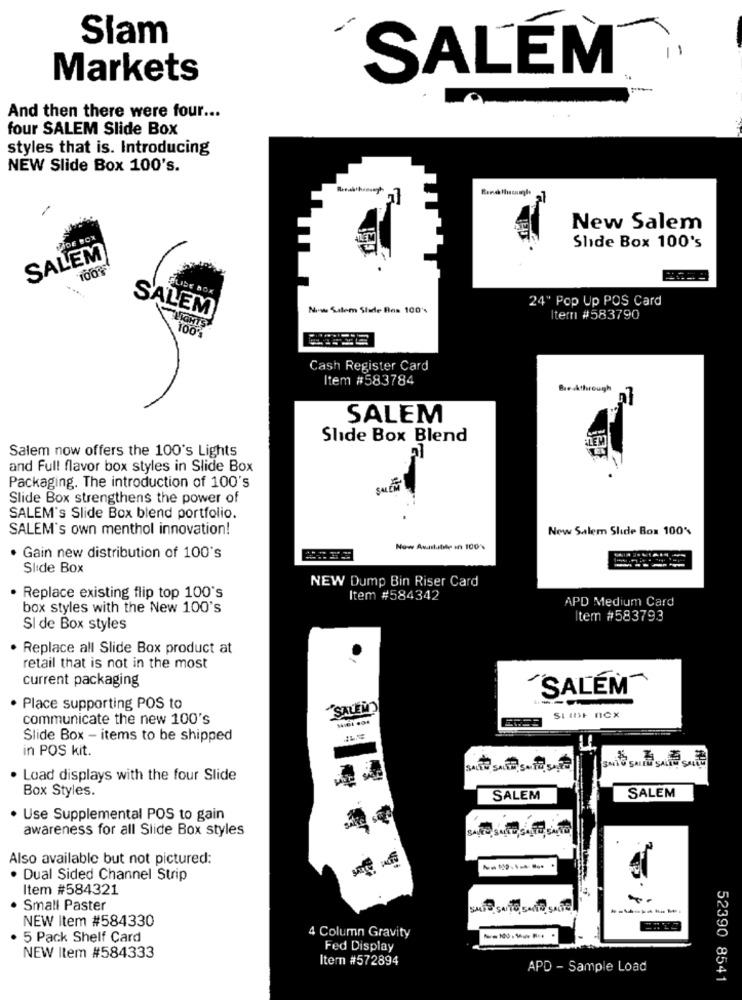
Slam
Markets
SALEM
And then there were four ...
four SALEM Slide Box
styles that is. Introducing
NEW Slide Box 100's.
New Salem
SIDE BOX
Shde Box 100's
SALEM
LIDE BOX
24" Pop Up POS Card
Now Salem Stade Bos 100'4
SALEM
Item #583790
Cash Register Card
Item #583784
Be Athrough
SALEM
Slide Box Blend
Salem now offers the 100's Lights
and Full flavor box styles in Slide Box
Packaging. The introduction of 100's
Slide Box strengthens the power of
SALEM's Slide Box blend portfolio.
SALEM's own menthol innovation!
New Salem Slide Box 100%
Now Auslutile in 100%
Gain new distribution of 100's
====
----
Slide Box
NEW Dump Bin Riser Card
Replace existing flip top 100's
Item #584342
APD Medium Card
box styles with the New 100's
tem #583793
SI de Box styles
. Replace all Slide Box product at
retail that is not in the most
current packaging
"SALÉM
Place supporting POS to
SALEM
communicate the new 100's
SIInt nCx
Slide Box - items to be shipped
in POS kit.
SALE SALE, SATE, SAFE
. Load displays with the four Slide
Box Styles.
SALEM
SALEM
. Use Supplemental POS to gain
awareness for all Slide Box styles
Also available but not pictured:
-
. Dual Sided Channel Strip
Item #584321
. Small Paster
NEW Item #584330
4 Column Gravity
· 5 Pack Shelf Card
Fed Display
NEW Item #584333
Item #572894
APD - Sample Load
52390 8541